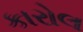
કારોલ